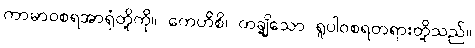
ကာမာဝစရအာရုံတို့ကို။ ကေဟိစိ၊ တချို့သော ရူပါဝစရတရားတို့သည်။